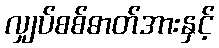
လျှပ်စစ်ဓာတ်အားနှင့်